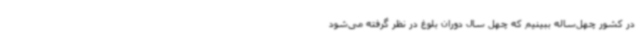
در کشور چهل‌ساله ببینیم که چهل سال دوران بلوغ در نظر گرفته می‌شود